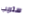
ستريب